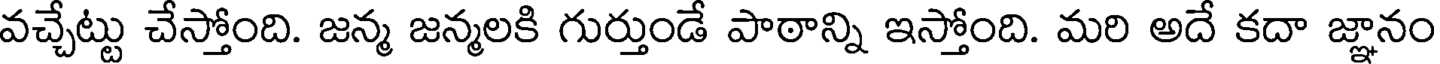
వచ్చేట్టు చేస్తోంది. జన్మ జన్మలకి గుర్తుండే పాఠాన్ని ఇస్తోంది. మరి అదే కదా జ్ఞానం